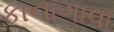
કાનાગાવા